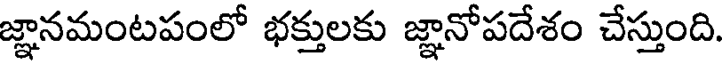
జ్ఞానమంటపంలో భక్తులకు జ్ఞానోపదేశం చేస్తుంది.